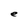
Character: e